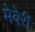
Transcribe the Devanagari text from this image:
मेबेरी